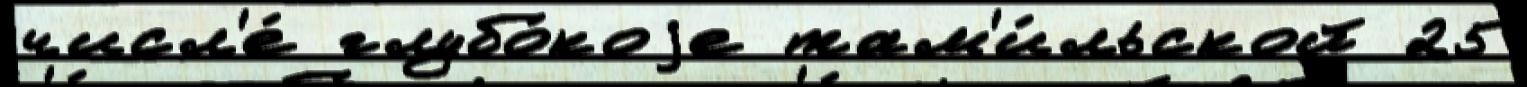
числ'е́ глубо́коjе там'и́льской 25